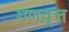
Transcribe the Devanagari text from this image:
गणवृत्त